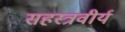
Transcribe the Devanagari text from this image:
सहस्त्रवीर्य